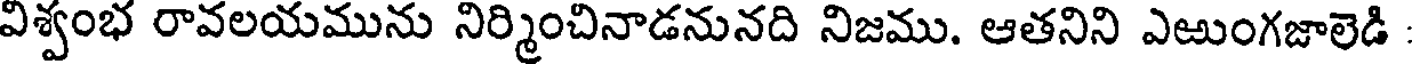
విశ్వంభ రావలయమును నిర్మించినాడనునది నిజము. ఆతనిని ఎఱుంగజాలెడి